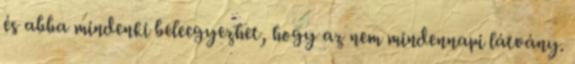
és abba mindenki beleegyezhet, hogy az nem mindennapi látvány.